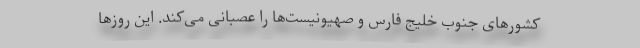
کشورهای جنوب خلیج فارس و صهیونیست‌ها را عصبانی می‌کند. این روزها